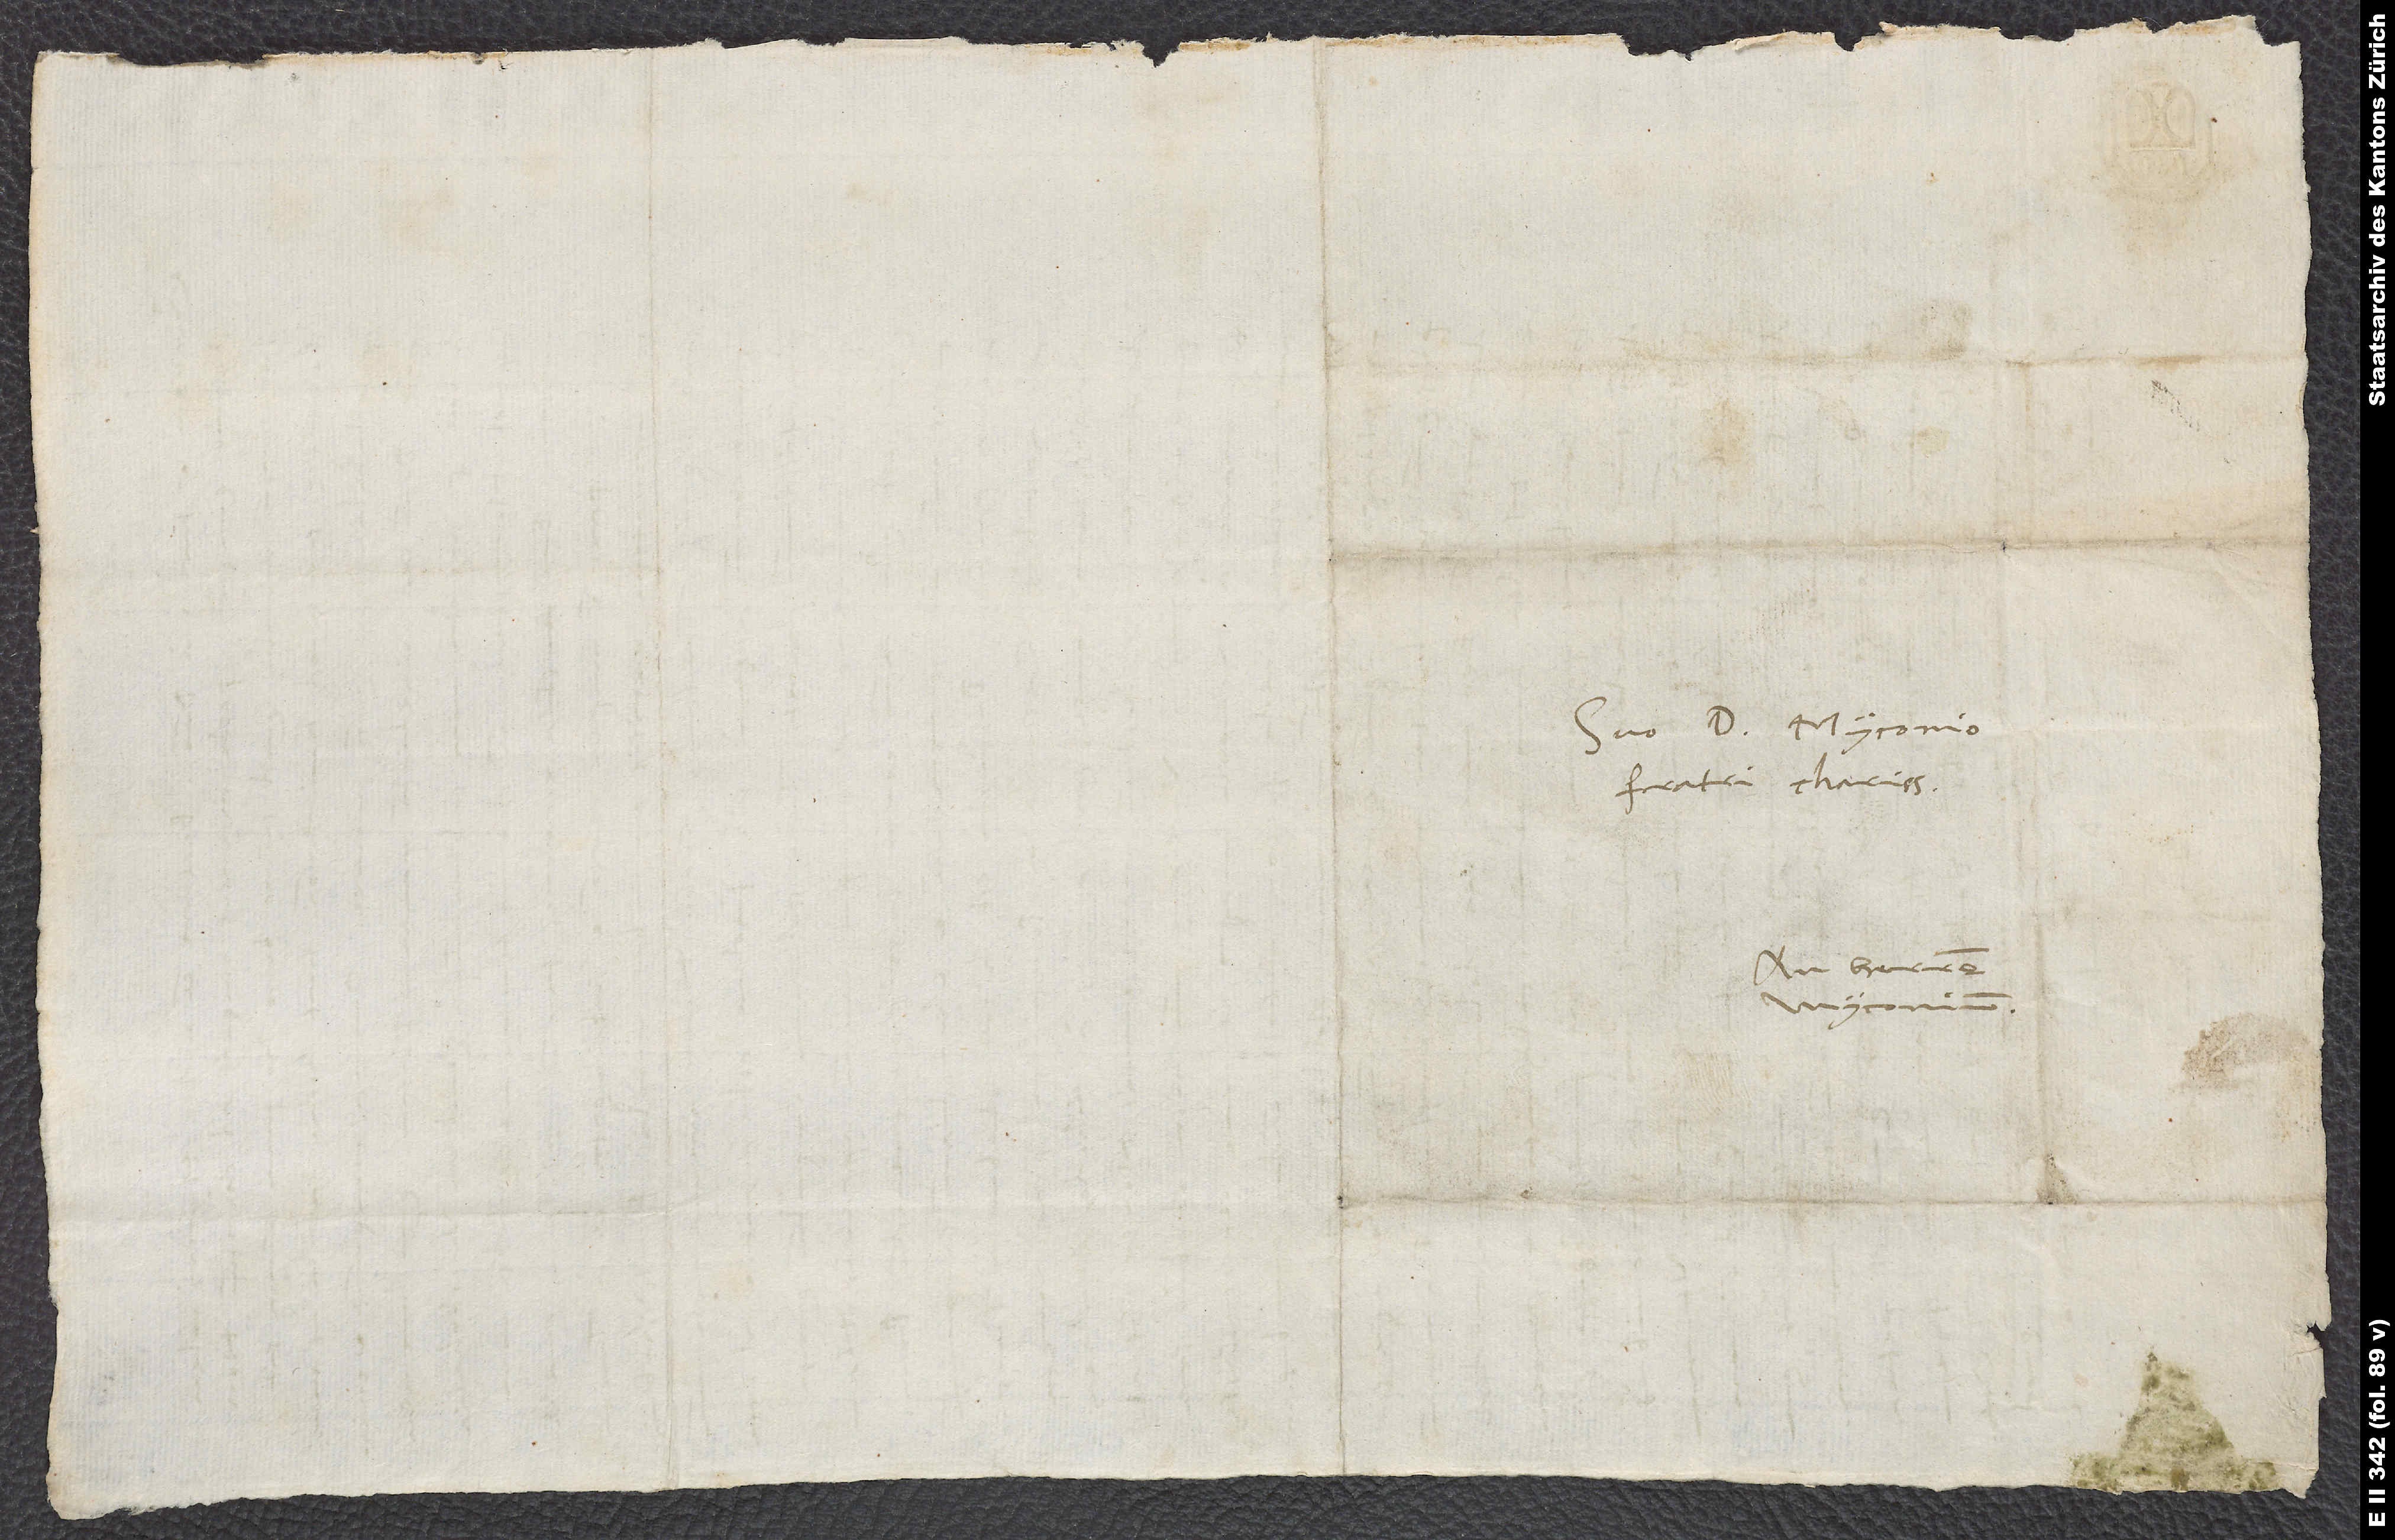
Suo d. Myconio,
fratri charissimo.
An herren
Myconium.